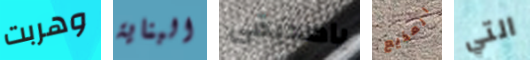
وهربت البناية ياصديقى المذيع التي